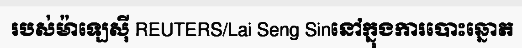
របស់ម៉ាឡេស៊ី REUTERS/Lai Seng Sinនៅក្នុងការបោះឆ្នោត